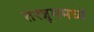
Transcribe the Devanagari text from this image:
तरन्नूममध्ये